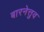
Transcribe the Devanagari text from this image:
बारनेत्तुव